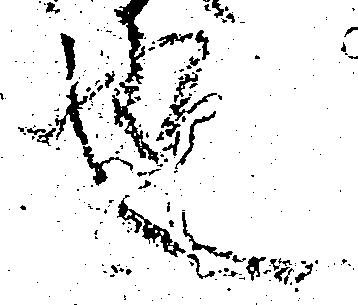
也